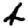
Digit: 4